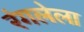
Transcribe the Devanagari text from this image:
रंगलेला